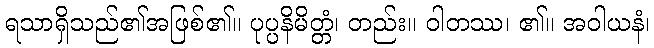
ရသာရှိသည်၏အဖြစ်၏။ ပုပ္ပနိမိတ္တံ၊ တည်း။ ဝါတဿ၊ ၏။ အဝါယနံ၊